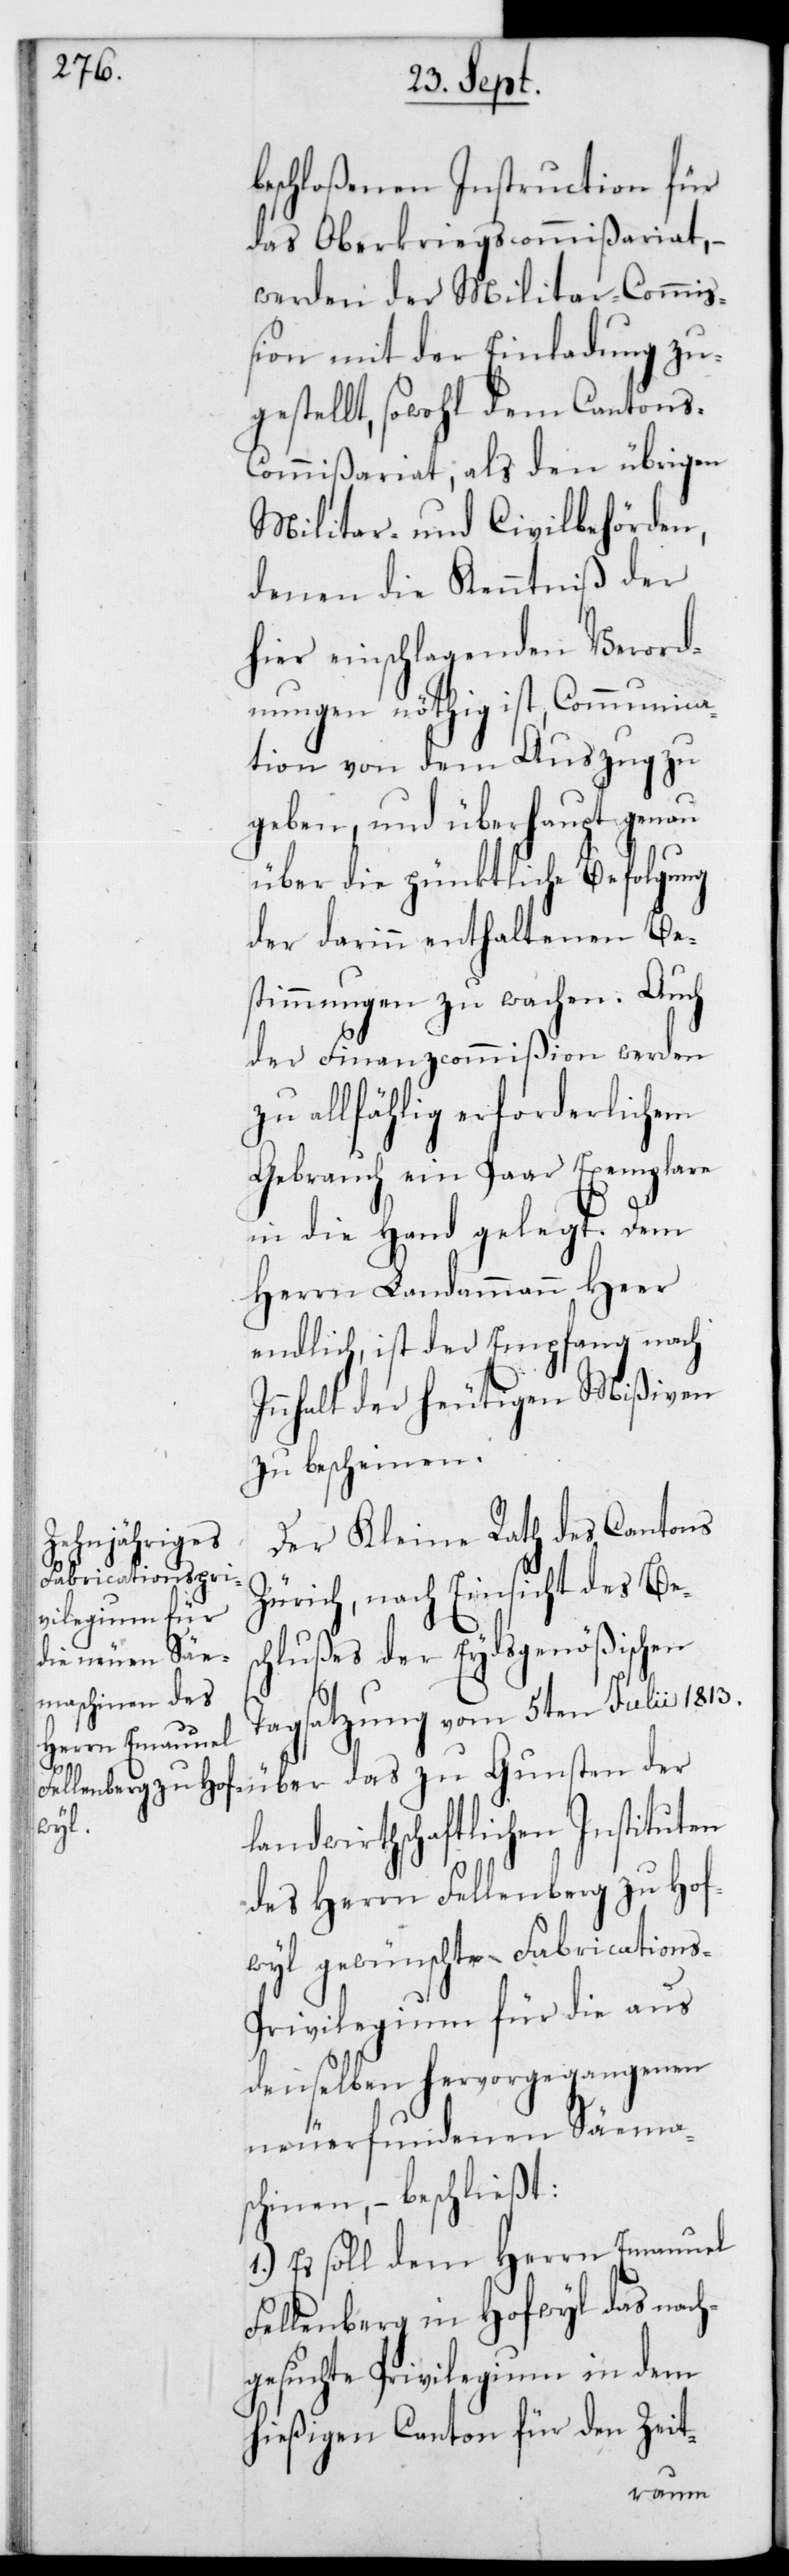
beschloßenen Instruction für
das Oberkriegscommißariat, –
werden der Militar-Commiß¬
ion mit der Einladung zu¬
gestellt, sowohl dem Cantons-C¬
ommißariat, als den übrigen
Militar- und Civilbehörden,
denen die Kenntniß der
hier einschlagenden Verord¬
nungen nöthig ist, Communica¬
tion von dem Auszug zu
geben, und überhaupt genau
über die pünktliche Befolgung
der darinn enthaltenen Be¬
stimmungen zu wachen. Auch
der Finanzcommißion werden
zu allfählig erforderlichem
Gebrauch ein Paar Exemplare
in die Hand gelegt. Dem
Herrn Landammann Heer
endlich, ist der Empfang nach
Innhalt der heutigen Mißiven
zu bescheinen.
Der Kleine Rath des Cantons
Zürich, nach Einsicht des Bes¬
chlußes der Eydsgenößischen
Tagsatzung vom 5ten Julii 1813
über das zu Gunsten der
landwirthschaftlichen Instituten
des Herrn Fellenberg zu Hof¬
wyl gewünschte Fabrication¬
s-Privilegium für die aus
denselben hervorgegangenen
neuerfundenen Säema¬
schinen, – beschließt:
1.) Es soll dem Herrn Emanuel
Fellenberg in Hofwyl das nach¬
gesuchte Privilegium in dem
hießigen Canton für den Zeit-